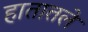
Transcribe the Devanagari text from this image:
हातातले